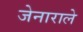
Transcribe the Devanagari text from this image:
जेनाराले